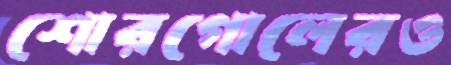
শোরগোলেরও